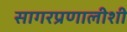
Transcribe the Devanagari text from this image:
सागरप्रणालीशी